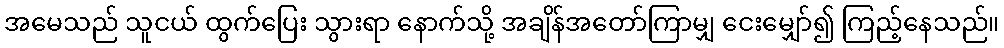
အမေသည် သူငယ် ထွက်ပြေး သွားရာ နောက်သို့ အချိန်အတော်ကြာမျှ ငေးမျှော်၍ ကြည့်နေသည်။